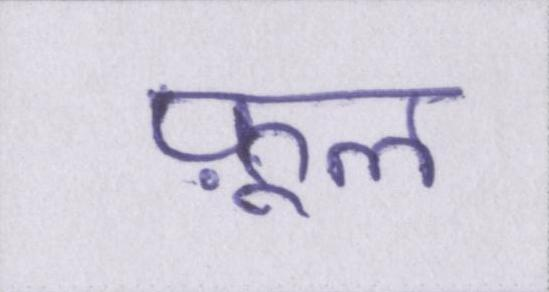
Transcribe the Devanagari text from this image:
फ़ूल